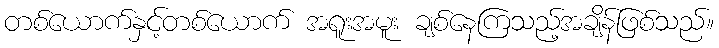
တစ်ယောက်နှင့်တစ်ယောက် အရူးအမူး ချစ်နေကြသည့်အချိန်ဖြစ်သည်။